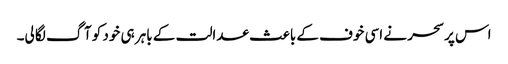
اس پر سحر نے اسی خوف کے باعث عدالت کے باہر ہی خود کو آگ لگا لی۔